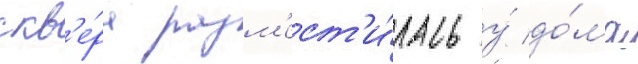
скв'е́ра разм'ест'и́лась у́ до́ма